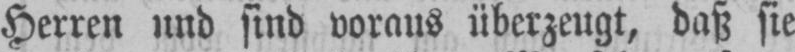
Herren und sind voraus überzeugt, daß sie